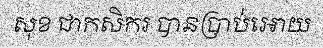
សុខ ជាកសិករ បានប្រាប់អោយ